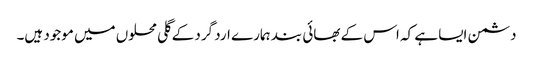
دشمن ایسا ہے کہ اس کے بھائی بند ہمارے ارد گرد کے گلی محلوں میں موجود ہیں۔